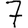
Digit: 7